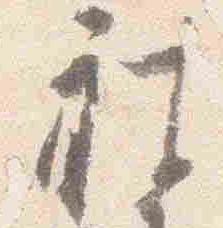
被